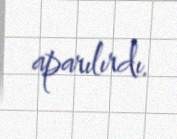
aparılırdı.